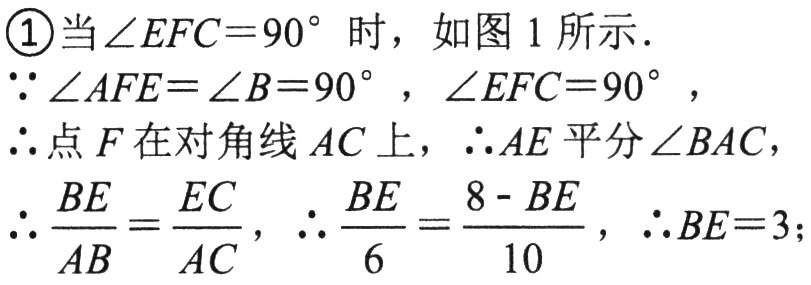
\begin{enumerate}
\item 当$\angle EFC = 90^{\circ}$时，如图 1 所示.
$\because\angle AFE=\angle B = 90^{\circ}$，$\angle EFC = 90^{\circ}$，
$\therefore$点$F$在对角线$AC$上，$\therefore AE$平分$\angle BAC$，
$\therefore\frac{BE}{AB}=\frac{EC}{AC}$，$\therefore\frac{BE}{6}=\frac{8 - BE}{10}$，$\therefore BE = 3$；
\end{enumerate}